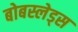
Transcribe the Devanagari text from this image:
बोबस्लेड्स